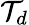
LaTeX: \mathcal{T}_{d}